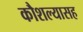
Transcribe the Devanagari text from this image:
कौशल्यासह